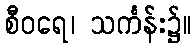
စီဝရေ၊ သင်္ကန်း၌။